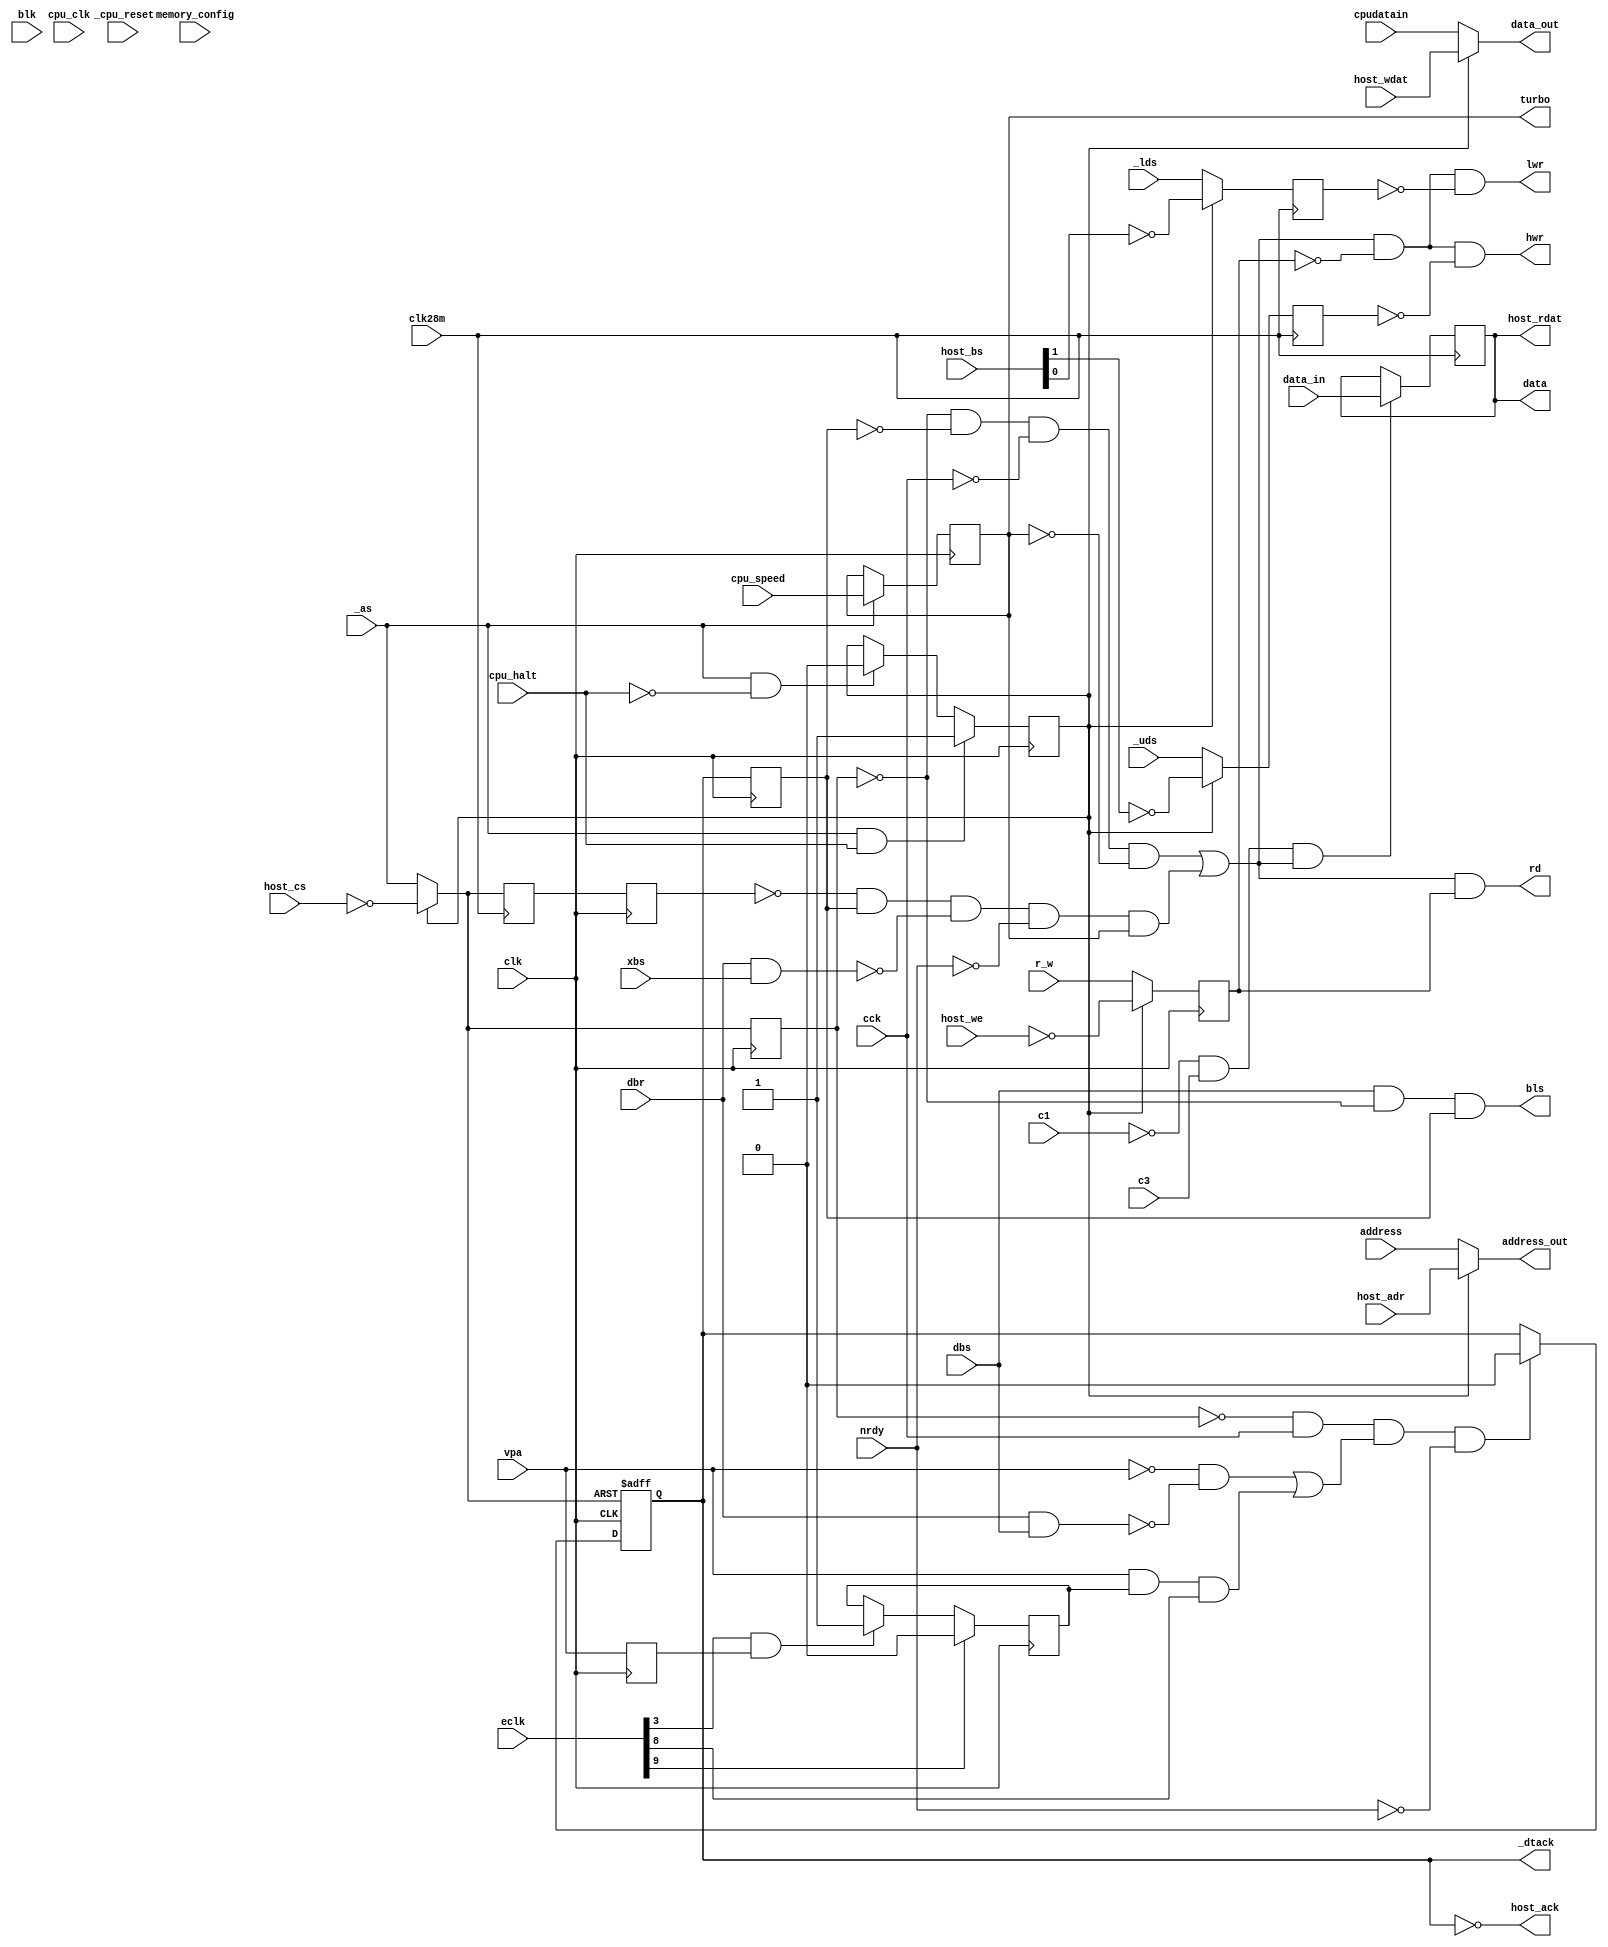
module m68k_bridge
(
	input	clk28m,					
  input blk,
	input	c1,						
	input	c3,						
	input	clk,					
  input cpu_clk,        
	input	[9:0] eclk,				
	input	vpa,					
	input	dbr, 					
	input	dbs,					
	input	xbs,					
  input nrdy,         
	output	bls,					
	input	cck,					
	input	cpu_speed,				
  input [3:0] memory_config,  
	output	reg turbo,				
	input	_as,					
	input	_lds,					
	input	_uds,					
	input	r_w,					
	output	 _dtack,				
	output	rd,						
	output	hwr,					
	output	lwr,					
	input	[23:1] address,			
	output	[23:1] address_out,	
  output  [15:0] data,      
  input [15:0] cpudatain,
  output  [15:0] data_out,  
  input [15:0] data_in,      
  input _cpu_reset,
  input cpu_halt,
  input host_cs,
  input [23:1] host_adr,
  input host_we,
  input [1:0] host_bs,
  input [15:0] host_wdat,
  output [15:0] host_rdat,
  output host_ack
);
localparam VCC = 1'b1;
localparam GND = 1'b0;
wire	doe;					
reg		[15:0] ldata_in;		
wire	enable;					
reg		lr_w,l_as,l_dtack;  	
reg		l_uds,l_lds;
reg		lvpa;					
reg		vma;					
reg		_ta;					
reg halt=0;
always @ (posedge clk) begin
   if (_as && cpu_halt)
    halt <= #1 1'b1;
  else if (_as && !cpu_halt)
    halt <= #1 1'b0;
end
always @(posedge clk)
	if (_as)
		turbo <= cpu_speed;
wire  turbo_cpu;
assign turbo_cpu = 1'b0;
always @(posedge clk)
	lvpa <= vpa;
always @(posedge clk)
	if (eclk[9])
		vma <= 0;
	else if (eclk[3] && lvpa)
		vma <= 1;
always @ (posedge clk) begin
  lr_w <= !halt ? r_w : !host_we;
  l_as <= !halt ? _as : !host_cs;
  l_dtack <= _dtack;
end
always @(posedge clk28m) begin
  l_uds <= !halt ? _uds : !(host_bs[1]);
  l_lds <= !halt ? _lds : !(host_bs[0]);
end
reg _as28m;
always @(posedge clk28m)
  _as28m <= !halt ? _as : !host_cs;
reg l_as28m;
always @(posedge clk)
  l_as28m <= _as28m;
wire _as_and_cs;
assign _as_and_cs = !halt ? _as : !host_cs;
reg _ta_n;
always @(negedge clk or posedge _as_and_cs)
  if (_as_and_cs)
    _ta_n <= VCC;
  else if (!l_as && cck && ((!vpa && !(dbr && dbs)) || (vpa && vma && eclk[8])) && !nrdy)
    _ta_n <= GND; 
assign host_ack = !_ta_n;
assign _dtack = (_ta_n );
assign enable = ((~l_as & ~l_dtack & ~cck & ~turbo) | (~l_as28m & l_dtack & ~(dbr & xbs) & ~nrdy & turbo));
assign rd = (enable & lr_w);
assign hwr = (enable & ~lr_w & ~l_uds);
assign lwr = (enable & ~lr_w & ~l_lds);
assign bls = dbs & ~l_as & l_dtack;
assign doe = r_w & ~_as;
assign data_out = !halt ? cpudatain : host_wdat;
always @(posedge clk28m)
  if (!c1 && c3 && enable)
    ldata_in <= data_in;
assign data[15:0] = ldata_in;
assign host_rdat = ldata_in;
assign 	address_out[23:1] = !halt ? address[23:1] : host_adr[23:1];
endmodule